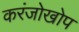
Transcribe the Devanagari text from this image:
करंजोखोप